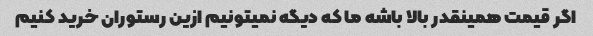
اگر قیمت همینقدر بالا باشه ما که دیگه نمیتونیم ازین رستوران خرید کنیم